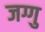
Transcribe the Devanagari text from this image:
जग्गु